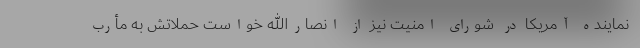
نماینده آمریکا در شورای امنیت نیز از انصارالله خواست حملاتش به مأرب